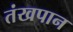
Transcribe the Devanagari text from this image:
तंखपान